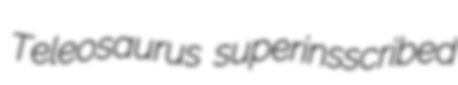
Teleosaurus superinsscribed